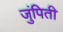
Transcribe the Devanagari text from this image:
जुंपिती